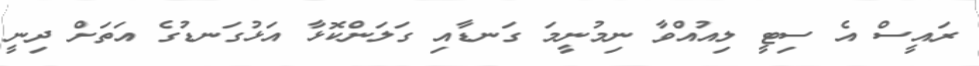
ރައީސް އެ ސިޓީ ލިއުއްވާ ނިމުނީމަ ގަނޑާއި ގަލަންކޮޅާ އަޅުގަނޑުގެ އަތަށް ދިނީ